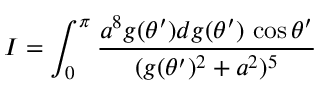
I = \int _ { 0 } ^ { \pi } { \frac { a ^ { 8 } g ( \theta ^ { \prime } ) d g ( \theta ^ { \prime } ) \, \cos \theta ^ { \prime } } { ( g ( \theta ^ { \prime } ) ^ { 2 } + a ^ { 2 } ) ^ { 5 } } }